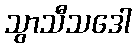
သွာသီသဒေါ